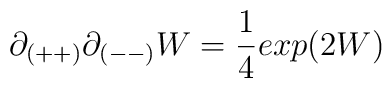
\partial_{(++)}\partial_{(--)} W = {1 \over 4} exp(2W)